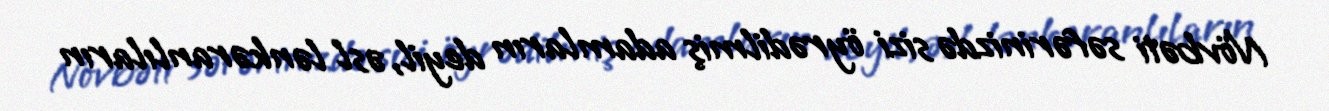
Növbəti səfərinizdə sizi öyrədilmiş adamların deyil, əsl lənkəranlıların